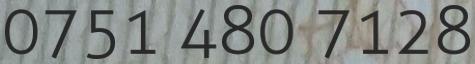
0751 480 7128